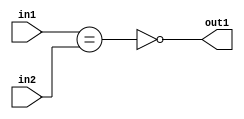
`timescale 1ps / 1ps
/*****************************************************************************
    Verilog RTL Description
    
    
    Created by: Stratus DpOpt 2019.1.01 
*******************************************************************************/

module feature_write_addr_gen_NotEQ_3Ux3U_1U_4_3 (
	in2,
	in1,
	out1
	); /* architecture "behavioural" */ 
input [2:0] in2,
	in1;
output  out1;
wire  asc001,
	asc002;

assign asc002 = (in1==in2);

assign asc001 = 
	((~asc002));

assign out1 = asc001;
endmodule

/* CADENCE  ubTwSwE= : u9/ySgnWtBlWxVPRXgAZ4Og= ** DO NOT EDIT THIS LINE ******/